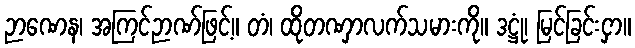
ဉာဏေန၊ အကြင်ဉာဏ်ဖြင့်။ တံ၊ ထိုတဏှာလက်သမားကို။ ဒဋ္ဌုံ၊ မြင်ခြင်းငှာ။